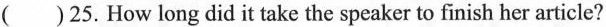
()25.How long did it take the speaker to finish her article?